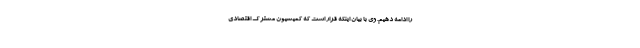
را ادامه دهیم. وی با بیان اینکه قرار است که کمیسیون مشترک اقتصادی